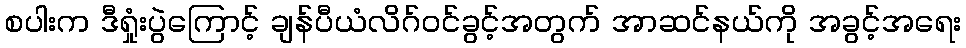
စပါးက ဒီရှုံးပွဲကြောင့် ချန်ပီယံလိဂ်ဝင်ခွင့်အတွက် အာဆင်နယ်ကို အခွင့်အရေး